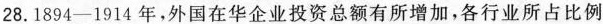
28.1894-1914年，外国在华企业投资总额有所增加，各行业所占比例